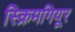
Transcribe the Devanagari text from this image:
स्क्रिमगियूर